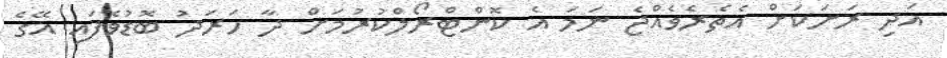
އަދި ރަށަކަށް އެތެރެވެއްޖެ ނަމަ އެ ކޮންޓްރޯލްކުރުމަށް ދާ ހަރަދު ބޮޑުވެފައި އޭގެ